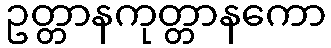
ဥတ္တာနကုတ္တာနကော